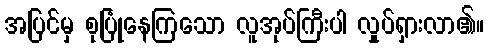
အပြင်မှ စုပြုံနေကြသော လူအုပ်ကြီးပါ လှုပ်ရှားလာ၏။